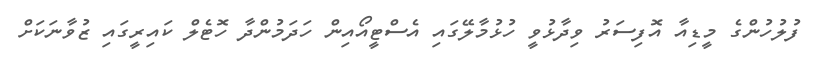
ފުލުހުންގެ މީޑިއާ އޮފިސަރު ވިދާޅުވީ ހުޅުމާލޭގައި އެސްޓީއޯއިން ހަދަމުންދާ ހޮޓެލް ކައިރީގައި ޒުވާނަކަށް